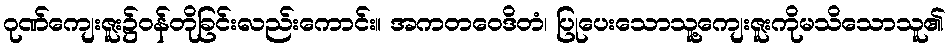
ဂုဏ်ကျေးဇူး၌ဝန်တိုခြင်းလည်းကောင်း။ အကတဝေဒိတံ၊ ပြုပေးသောသူ့ကျေးဇူးကိုမသိသောသူ၏